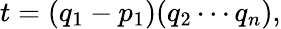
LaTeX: t=(q_{1}-p_{1})(q_{2}\cdots q_{n}),